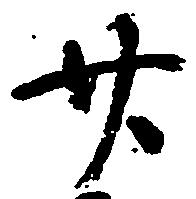
廿